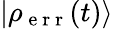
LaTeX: |\rho_{\mathrm{~e~r~r~}}(t)\rangle